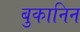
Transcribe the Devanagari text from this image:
बुकानिन